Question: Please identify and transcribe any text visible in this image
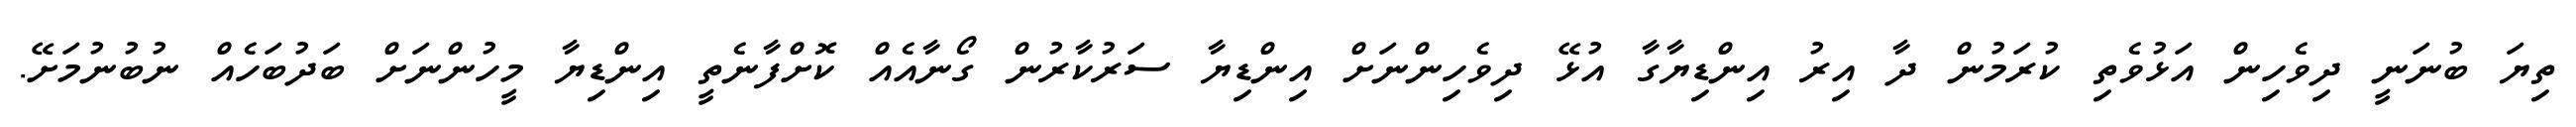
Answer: ތިޔަ ބުނަނީ ދިވެހިން އަޅުވެތި ކުރަމުން ދާ އިރު އިންޑިޔާގާ އުޅޭ ދިވެހިންނަށް އިންޑިޔާ ސަރުކާރުން ގޯނާއެއް ކޮށްފާނެތީ އިންޑިޔާ މީހުންނަށް ބަދުބަހެއް ނުބުނުމަށޭ.